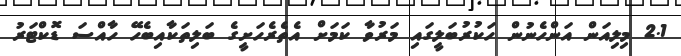
2.1 މިލިއަން އަންހެނުން ހަކުރުބަލީގައި މަރުވާ ކަމަށް އެތެރެހަށީގެ ބަލިތަކާއިބެހޭ ހާއްސަ ޑޮކްޓަރު